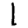
Digit: 1